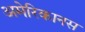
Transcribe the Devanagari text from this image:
अमेरिकानस